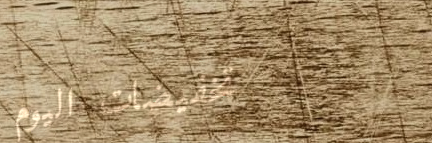
تخفيضات اليوم